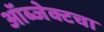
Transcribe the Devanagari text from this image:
ऑब्जेक्टचा